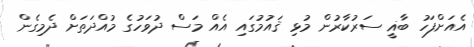
އެއަށްފަހު ބާޣީ ސަރުކާރުން މުޅި ޤައުމުގައި އެއް މަސް ދުވަހުގެ މުއްދަތަށް ދެމިގެން